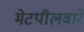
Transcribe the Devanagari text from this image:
मेटपीलवारे